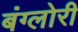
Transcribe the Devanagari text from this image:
बंग्लोरी